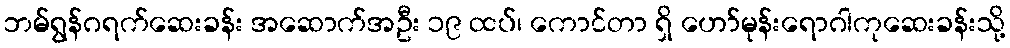
ဘမ်ရွန်ဂရက်ဆေးခန်း အဆောက်အဦး ၁၉ ထပ်၊ ကောင်တာ ရှိ ဟော်မုန်းရောဂါကုဆေးခန်းသို့